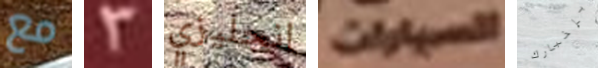
مع 3 انجليزي السيارات بإخبارك